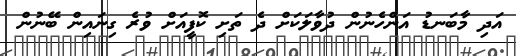
އަދި މާބަނޑު އަންހެނުން ދުވާލަކަށް ދެ ތަށި ކޮފީއަށް ވުރެ ގިނައިން ބޭނުން